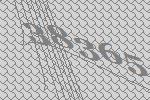
38365